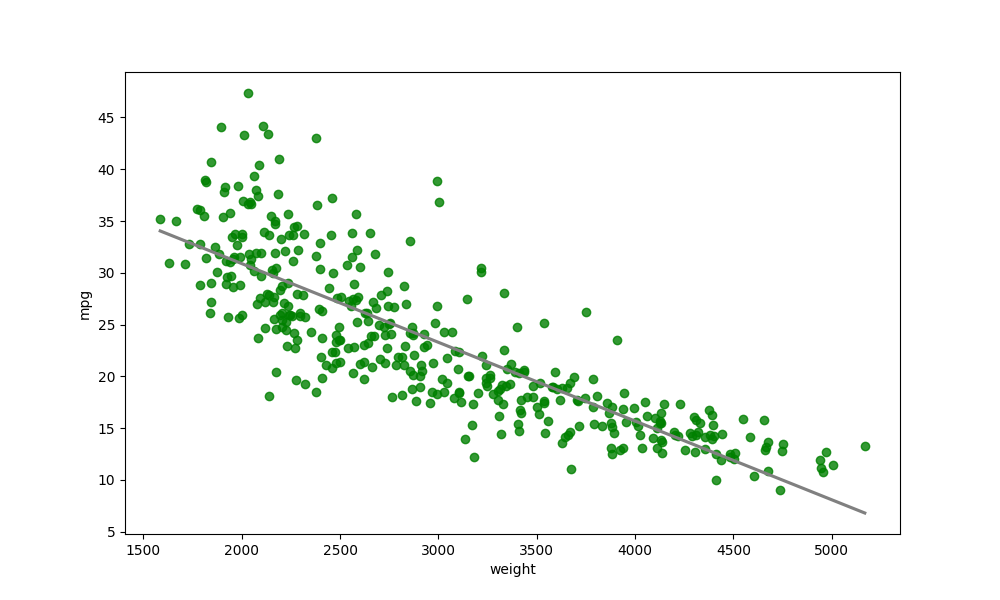
python, seaborn, regplot, order=1, ci=None, scatter_color=green, line_color=gray